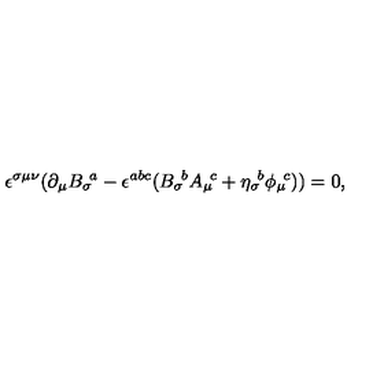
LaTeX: \epsilon ^ { \sigma \mu \nu } ( \partial _ { \mu } { B _ { \sigma } } \! ^ { a } - \epsilon ^ { a b c } ( { B _ { \sigma } } \! ^ { b } { A _ { \mu } } \! ^ { c } + { \eta _ { \sigma } } \! ^ { b } { \phi _ { \mu } } \! ^ { c } ) ) = 0 ,